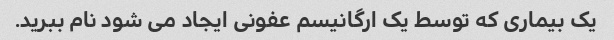
یک بیماری که توسط یک ارگانیسم عفونی ایجاد می شود نام ببرید.